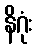
နိဂုံး